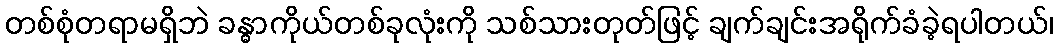
တစ်စုံတရာမရှိဘဲ ခန္ဓာကိုယ်တစ်ခုလုံးကို သစ်သားတုတ်ဖြင့် ချက်ချင်းအရိုက်ခံခဲ့ရပါတယ်၊